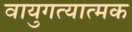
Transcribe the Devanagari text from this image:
वायुगत्यात्मक